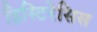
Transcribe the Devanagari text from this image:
हिस्टिरेसिस